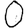
Digit: 0